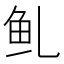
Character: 𱇍